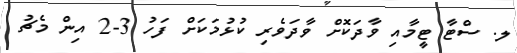
ލ. ސްޓާ ޓީމާއި ވާދަކޮށް ވާދަވެރި ކުޅުމަކަށް ފަހު 3-2 އިން މެޗު